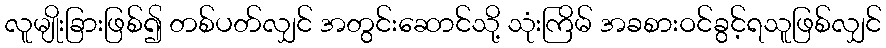
လူမျိုးခြားဖြစ်၍ တစ်ပတ်လျှင် အတွင်းဆောင်သို့ သုံးကြိမ် အခစားဝင်ခွင့်ရသူဖြစ်လျှင်